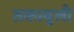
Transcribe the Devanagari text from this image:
तकाबुली